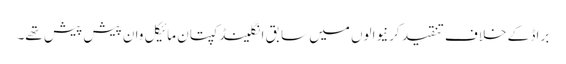
براڈ کے خلاف تنقید کرنیوالوں میں سابق انگلینڈ کپتان مائیکل وان پیش پیش تھے۔